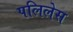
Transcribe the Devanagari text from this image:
पलिलेस